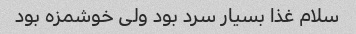
سلام غذا بسیار سرد بود ولی خوشمزه بود